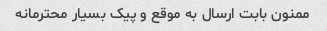
ممنون بابت ارسال به موقع و پیک بسیار محترمانه